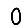
Digit: 0